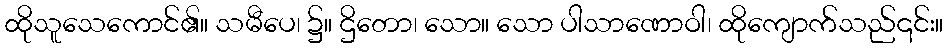
ထိုသူသေကောင်၏။ သမီပေ၊ ၌။ ဌိတော၊ သော။ သော ပါသာဏောဝါ၊ ထိုကျောက်သည်၎င်း။